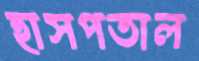
হাসপতাল